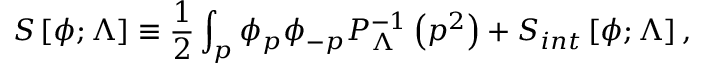
S \left[ \phi ; \Lambda \right] \equiv { \frac { 1 } { 2 } } \int _ { p } \phi _ { p } \phi _ { - p } P _ { \Lambda } ^ { - 1 } \left( p ^ { 2 } \right) + S _ { i n t } \left[ \phi ; \Lambda \right] ,